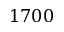
1 7 0 0